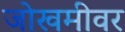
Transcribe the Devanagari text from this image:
जोखमीवर